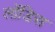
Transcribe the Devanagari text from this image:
लोंडिस